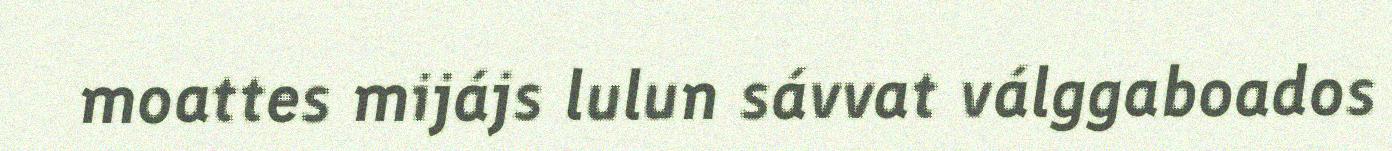
moattes mijájs lulun sávvat válggaboados